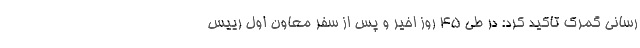
رسانی گمرک تاکید کرد: در طی ۴۵ روز اخیر و پس از سفر معاون اول رییس